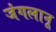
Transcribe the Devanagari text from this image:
जंगलानू